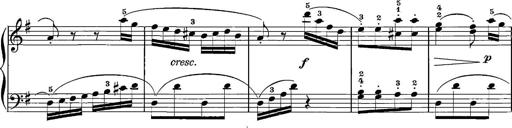
Title: 12 Sonatinas
Composer: Ignaz Pleyel